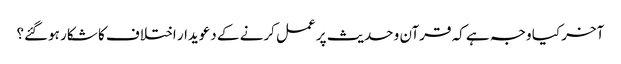
آخر کیا وجہ ہے کہ قرآن و حدیث پر عمل کرنے کے دعویدار اختلاف کا شکار ہوگئے؟